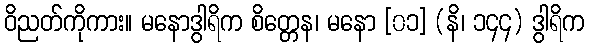
ဝိညတ်ကိုကား။ မနောဒွါရိက စိတ္တေန၊ မနော [၀၁] (နိ၊ ၁၄၄) ဒွါရိက